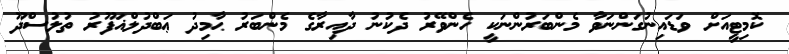
ކޮމިޓީއަށް ވަޑައިނުގަންނަވާ މެންބަރުންނަކީ ހެންވޭރު ދެކުނު ދާއިރާގެ މެންބަރު ޙާމިދު ޢަބްދުލްޣަފޫރު ތުލުސްދޫ